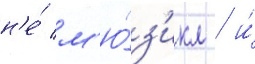
н'е́ м'ю́з'икл / и́